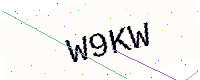
Text: W9KW